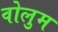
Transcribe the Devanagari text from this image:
वोलुम